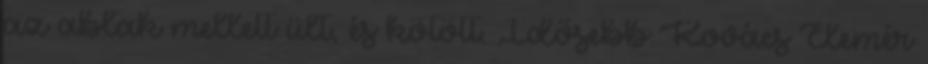
az ablak mellett ült, és kötött. Idősebb Kovács Elemér